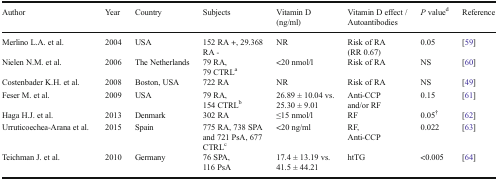
| Author | Year | Country | Subjects | Vitamin D (ng/ml) | Vitamin D effect / Autoantibodies | P valued | Reference |
 | --- | --- | --- | --- | --- | --- | --- | --- |
 | Merlino L.A. et al. | 2004 | USA | 152 RA +, 29.368 RA - | NR | Risk of RA(RR 0.67) | 0.05 | [59] |
 | Nielen N.M. et al. | 2006 | The Netherlands | 79 RA,79 CTRLa | <20 nmol/l | Risk of RA | NS | [60] |
 | Costenbader K.H. et al. | 2008 | Boston, USA | 722 RA | NR | Risk of RA | NS | [49] |
 | Feser M. et al. | 2009 | USA | 79 RA,154 CTRLb | 26.89 ± 10.04 vs.25.30 ± 9.01 | Anti-CCPand/or RF | 0.15 | [61] |
 | Haga H.J. et al. | 2013 | Denmark | 302 RA | ≤15 nmol/l | RF | 0.05† | [62] |
 | Urruticoechea-Arana et al. | 2015 | Spain | 775 RA, 738 SPA and 721 PsA, 677 CTRLc | <20 ng/ml | RF,Anti-CCP | 0.022 | [63] |
 | Teichman J. et al. | 2010 | Germany | 76 SPA,116 PsA | 17.4 ± 13.19 vs.41.5 ± 44.21 | htTG | <0.005 | [64] |